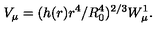
V _ { \mu } = ( h ( r ) r ^ { 4 } / R _ { 0 } ^ { 4 } ) ^ { 2 / 3 } W _ { \mu } ^ { 1 } .